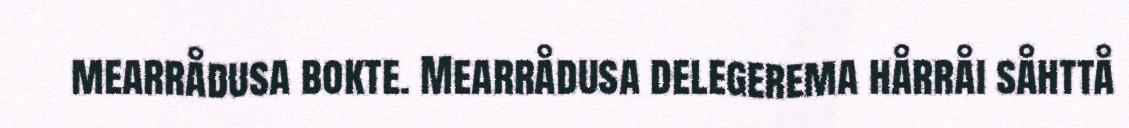
mearrådusa bokte. Mearrådusa delegerema hårråi såhttå